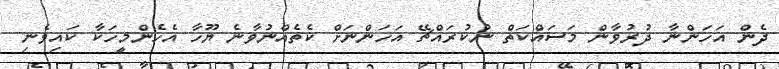
ދެން އަހަންނާ ދުރުވާން މަސައްކަތް ނުކުރައްޗޭ އަހަންނަށް ކެތެއްނުވާނެ ޔޫހާ އެހެންމީހަކާ ކައިވެނި